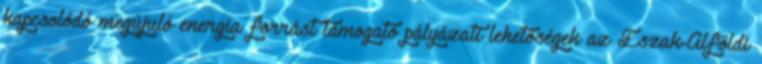
kapcsolódó megújuló energia forrást támogató pályázati lehetőségek az Észak-Alföldi